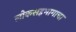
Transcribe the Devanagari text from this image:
लोकसहभागाचा